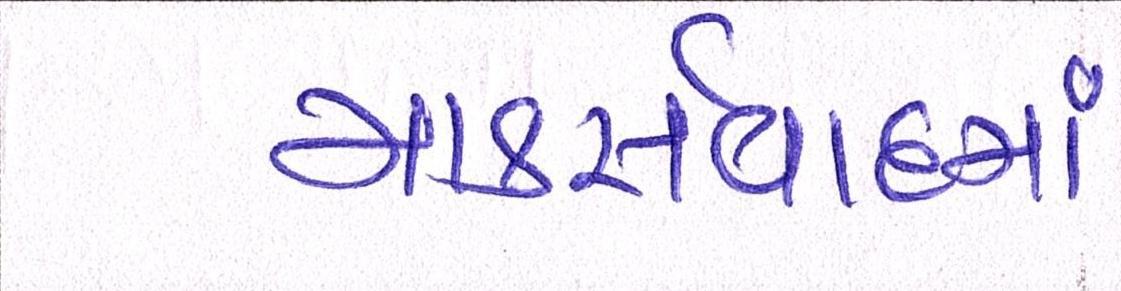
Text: માર્ક્સવાદમાં